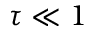
\tau \ll 1